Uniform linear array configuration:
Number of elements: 24
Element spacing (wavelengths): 0.75
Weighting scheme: cosine
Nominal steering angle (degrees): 0
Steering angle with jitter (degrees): -1.548
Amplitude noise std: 0.05
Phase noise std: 0.05

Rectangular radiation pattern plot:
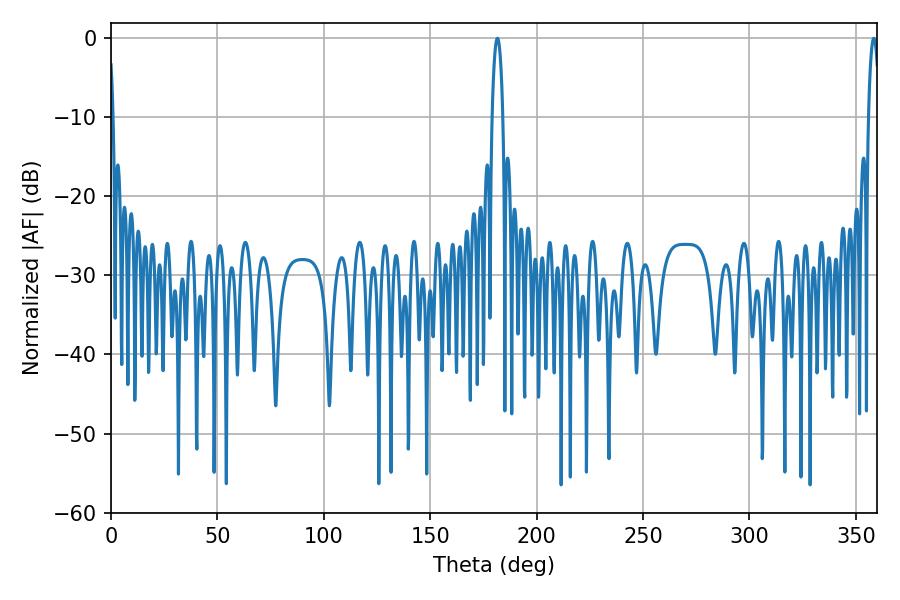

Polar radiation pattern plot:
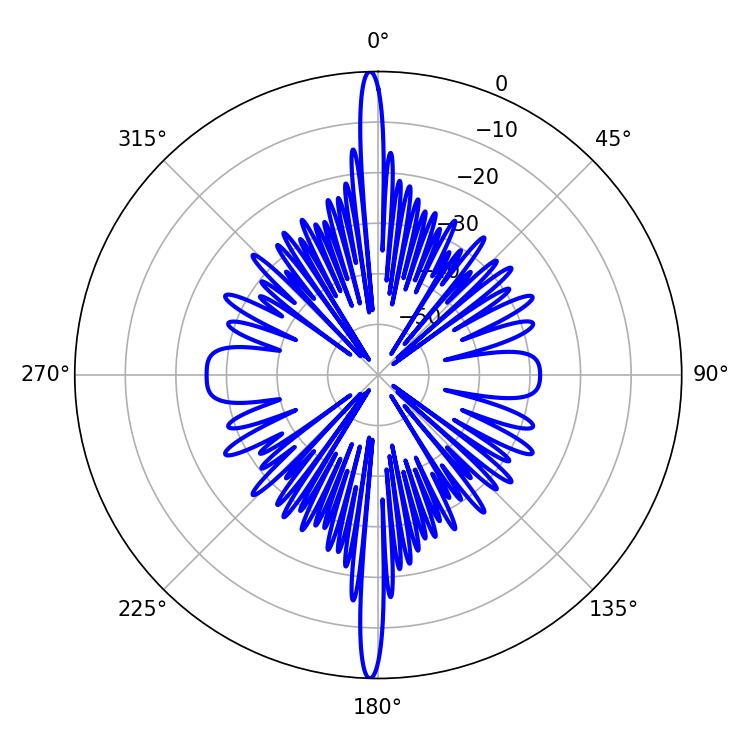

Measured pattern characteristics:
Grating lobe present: TRUE
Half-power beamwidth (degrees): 2.88
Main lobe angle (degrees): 181.62